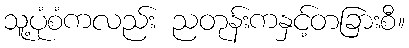
သူ့ပုံစံကလည်း ညတုန်းကနှင့်တခြားစီ။